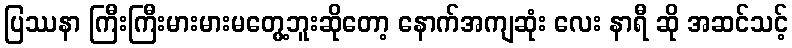
ပြဿနာ ကြီးကြီးမားမားမတွေ့ဘူးဆိုတော့ နောက်အကျဆုံး လေး နာရီ ဆို အဆင်သင့်